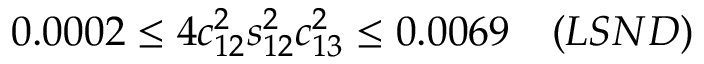
0 . 0 0 0 2 \leq 4 c _ { 1 2 } ^ { 2 } s _ { 1 2 } ^ { 2 } c _ { 1 3 } ^ { 2 } \leq 0 . 0 0 6 9 ~ ~ ~ ( L S N D )